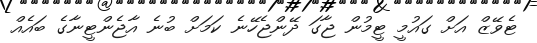
ޓެވޭޒް އަށް ގައުމީ ޓީމުން ޖާގަ ދޭންޖެހޭނެ ކަމަށް ބުނެ އާޖެންޓީނާގެ ބައެއް